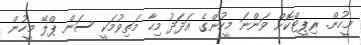
މީހުން. ރިޕީޓްކޮށް ވަންނަ މީހުންގެ އަދަދު މިހާ މަތިވުމަކީ ސަން ޕްލޭ މީހުން